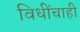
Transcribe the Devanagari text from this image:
विधींचाही